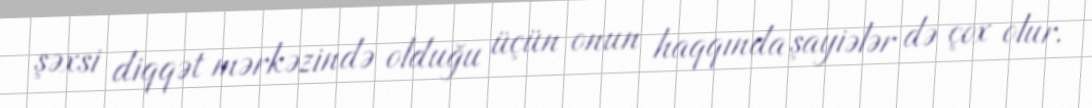
şəxsi diqqət mərkəzində olduğu üçün onun haqqında şayiələr də çox olur.